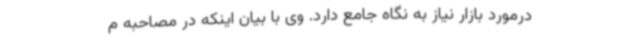
درمورد بازار نیاز به نگاه جامع دارد. وی با بیان اینکه در مصاحبه م